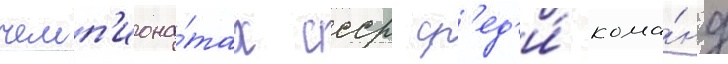
чемп'иона́тах ссср ср'ед'и́ кома́нд